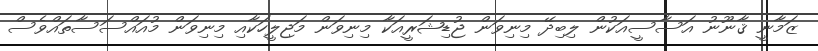
ޒަމާނީ ޤާނޫނު އަސާސީއަކުން ލިބިދޭ މިނިވަން ޖުޑިޝަރީއަކާ މިނިވަން މަޖިލީހަކާއި މިނިވަން މުއައްސަސާތައްވެސް